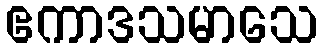
ဧကာဒသမာသေ